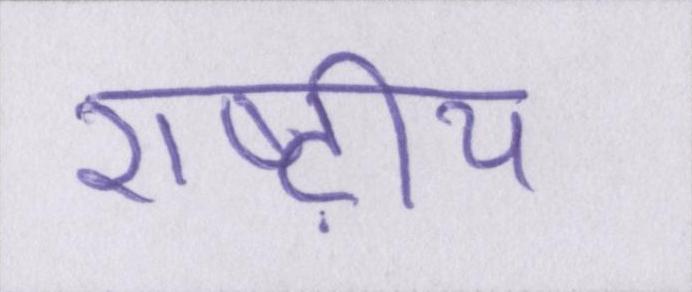
राष्ट्रीय